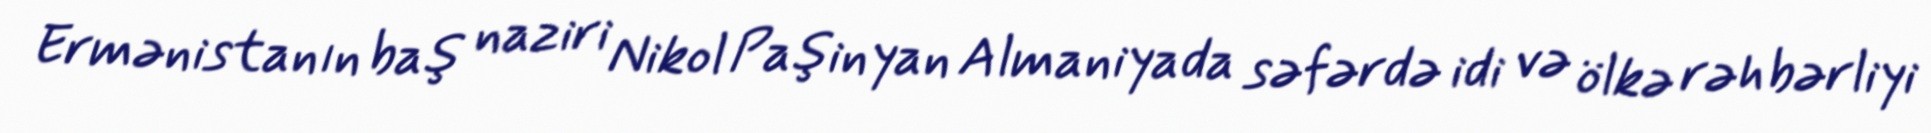
Ermənistanın baş naziri Nikol Paşinyan Almaniyada səfərdə idi və ölkə rəhbərliyi